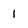
Character: I